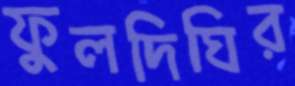
ফুলদিঘির